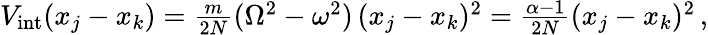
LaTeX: \begin{array}{r}{V_{\mathrm{int}}(x_{j}-x_{k})=\frac{m}{2N}(\Omega^{2}-\omega^{2})\, (x_{j}-x_{k})^{2}=\frac{\alpha-1}{2N}(x_{j}-x_{k})^{2}\, ,}\end{array}